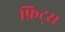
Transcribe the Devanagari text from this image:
फ़िट्स